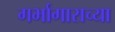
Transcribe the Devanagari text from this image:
गर्भागाराच्या